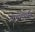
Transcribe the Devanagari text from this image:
नाथांपर्यंत